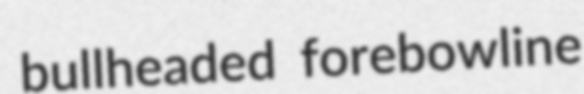
bullheaded forebowline